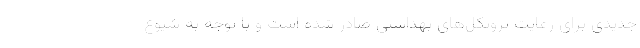
جدیدی برای رعایت پروتکل‌های بهداشتی صادر شده است و با توجه به شیوع